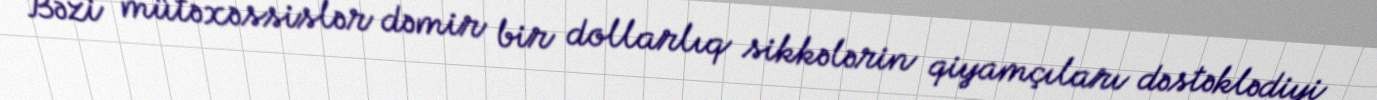
Bəzi mütəxəssislər dəmir bir dollarlıq sikkələrin qiyamçıları dəstəklədiyi